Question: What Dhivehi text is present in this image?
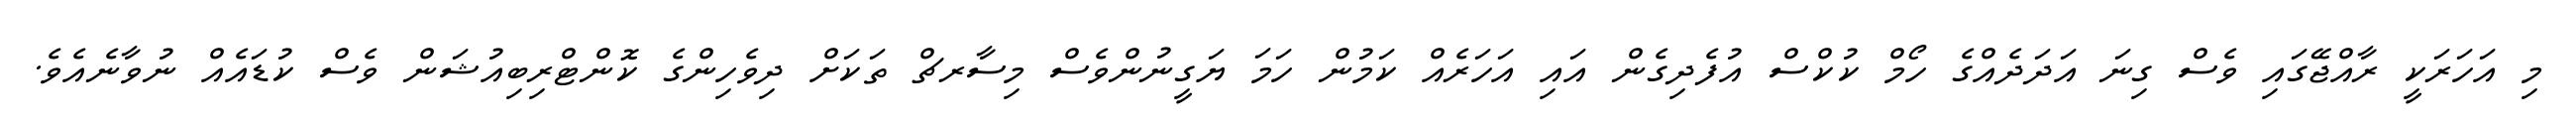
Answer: މި އަހަރަކީ ރާއްޖޭގައި ވެސް ގިނަ އަދަދެއްގެ ހޯމް ކުކްސް އުފެދިގެން އައި އަހަރެއް ކަމުން ހަމަ ޔަގީނުންވެސް މިސާރޗް ތަކަށް ދިވެހިންގެ ކޮންޓްރިބިއުޝަން ވެސް ކުޑައެއް ނުވާނެއެވެ.